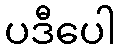
ပဒီပေါ